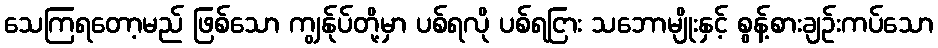
သေကြရတော့မည် ဖြစ်သော ကျွန်ုပ်တို့မှာ ပစ်ရလို ပစ်ရငြား သဘောမျိုးနှင့် စွန့်စားချဉ်းကပ်သော